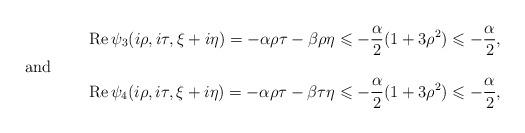
LaTeX: \begin{align*}\operatorname{Re}\psi_3(i\rho,i\tau,\xi+i\eta)=-\alpha\rho\tau-\beta\rho\eta\leqslant-\frac{\alpha}{2}(1+3\rho^2) \leqslant-\frac{\alpha}{2},\shortintertext{and }\operatorname{Re}\psi_4(i\rho,i\tau, \xi+i\eta)=-\alpha\rho\tau-\beta\tau\eta \leqslant-\frac{\alpha}{2}(1+3\rho^2)\leqslant -\frac{\alpha}{2},\end{align*}